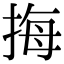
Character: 挴